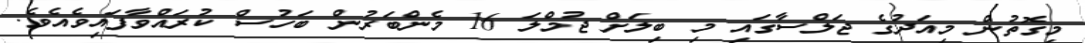
މިގޮތުން މިއަދުގެ ޖަލްސާގައި މި ބިލަށް ޖުމްލަ 16 މެންބަރުން ބަހުސް ކުރައްވާފައިވެއެވެ.